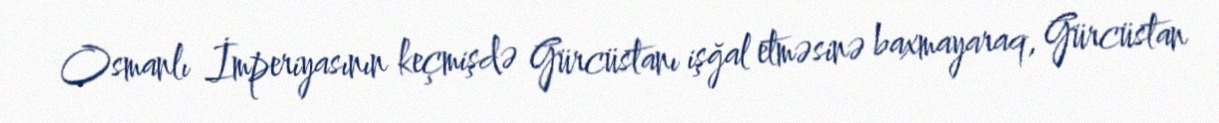
Osmanlı İmperiyasının keçmişdə Gürcüstanı işğal etməsinə baxmayaraq, Gürcüstan